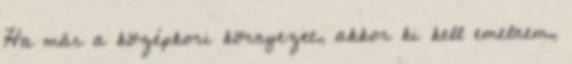
Ha már a középkori környezet, akkor ki kell emelnem,